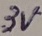
Text: 3V